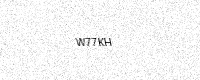
Text: W77KH